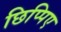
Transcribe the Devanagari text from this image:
छिप्पिए